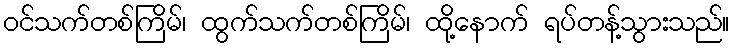
ဝင်သက်တစ်ကြိမ်၊ ထွက်သက်တစ်ကြိမ်၊ ထို့နောက် ရပ်တန့်သွားသည်။